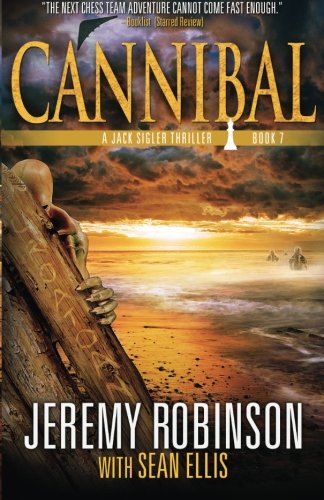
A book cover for Cannibal (A Jack Sigler Thriller Book 7) (Volume 7); Jeremy Robinson; Literature & Fiction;